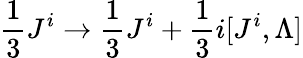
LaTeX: {\frac{1}{3}}J^{i}\to{\frac{1}{3}}J^{i}+{\frac{1}{3}}i[J^{i},\Lambda]